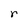
Character: r